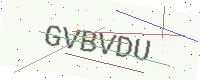
Text: GVBVDU